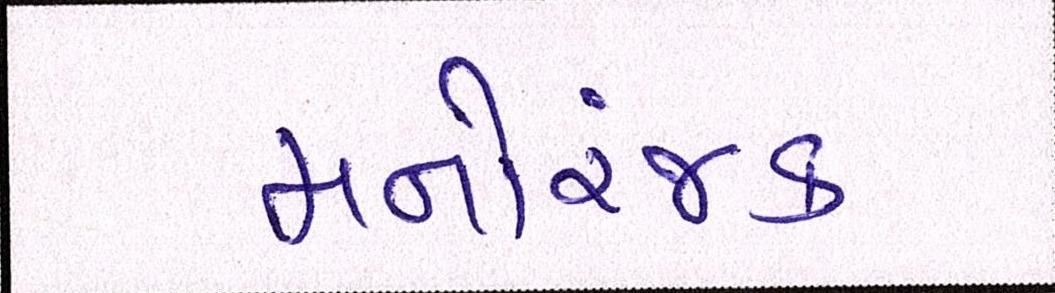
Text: મનોરંજક